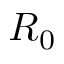
R _ { 0 }